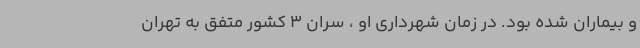
و بیماران شده بود. در زمان شهرداری او ، سران 3 کشور متفق به تهران